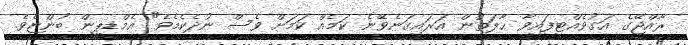
ރާއްޖޭގެ އަގުވެއްޓިފައިވާ ޙާލަތުން އަރައިގަނެވޭނެ ކަމެއް ކަމަށް ވެސް ނުދެކެމެވެ" އެމްޑީޕީން ބުންޏެވެ.